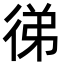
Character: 㣢